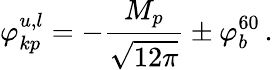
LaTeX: \varphi_{kp}^{u,l}=-\frac{M_{p}}{\sqrt{12\pi}}\pm\varphi_{b}^{60}\, .